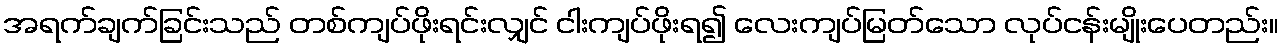
အရက်ချက်ခြင်းသည် တစ်ကျပ်ဖိုးရင်းလျှင် ငါးကျပ်ဖိုးရ၍ လေးကျပ်မြတ်သော လုပ်ငန်းမျိုးပေတည်း။